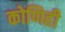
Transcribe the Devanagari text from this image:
कोणिही